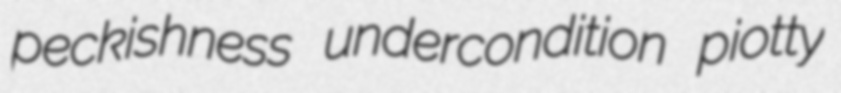
peckishness undercondition piotty